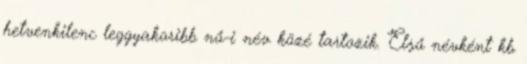
hetvenkilenc leggyakoribb nő-i név közé tartozik. Első névként kb